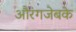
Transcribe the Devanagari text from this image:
औरंगजेबके